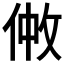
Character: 𠉿